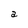
Character: a